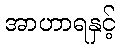
အာဟာရနှင့်